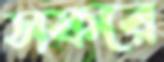
সফরে